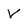
Character: V